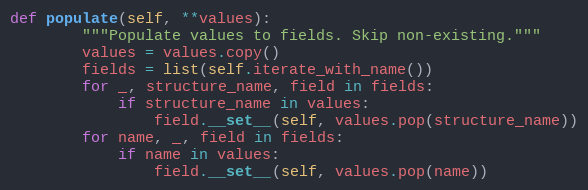
Language: Python
def populate(self, **values):
        """Populate values to fields. Skip non-existing."""
        values = values.copy()
        fields = list(self.iterate_with_name())
        for _, structure_name, field in fields:
            if structure_name in values:
                field.__set__(self, values.pop(structure_name))
        for name, _, field in fields:
            if name in values:
                field.__set__(self, values.pop(name))